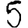
Digit: 5